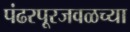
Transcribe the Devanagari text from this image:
पंढरपूरजवळच्या